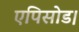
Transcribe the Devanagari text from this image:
एपिसोड।